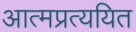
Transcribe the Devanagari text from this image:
आत्मप्रत्ययित